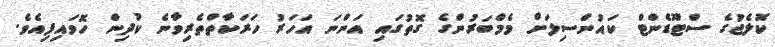
ކޮލެޖުގެ ސްޓޫޑެންޓް ކައުންސިލަށް މެމްބަރުންގެ ގޮތުގައި އަންނަ އަހަރު ހަރަކާތްތެރިވާނެ ކުދިން ހޮވައިފިއެވެ.